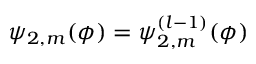
\psi _ { 2 , m } ( \phi ) = \psi _ { 2 , m } ^ { ( l - 1 ) } ( \phi )